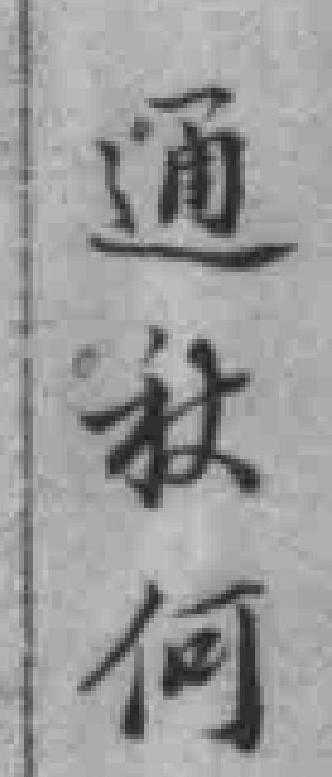
通秋何